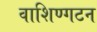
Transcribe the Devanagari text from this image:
वाशिण्गटन